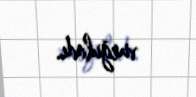
vurğuladı.